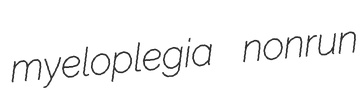
myeloplegia nonrun